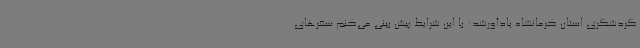
گردشگری استان کرمانشاه یادآورشد: با این شرایط پیش بینی می‌کنم سفرهای